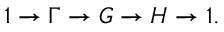
1 \to \Gamma \to G \to H \to 1 .